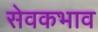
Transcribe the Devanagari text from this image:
सेवकभाव